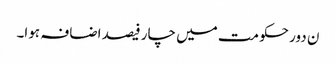
ن دور حکومت میں چار فیصد اضافہ ہوا۔